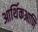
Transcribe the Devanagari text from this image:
आर्थिकआणि